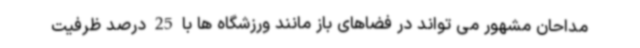
مداحان مشهور می تواند در فضاهای باز مانند ورزشگاه ها با 25 درصد ظرفیت